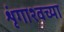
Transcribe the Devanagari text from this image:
शृंगाश्वच्या